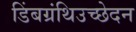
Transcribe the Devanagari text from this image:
डिंबग्रंथिउच्छेदन